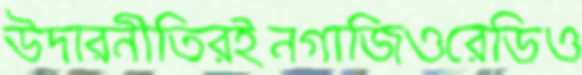
উদারনীতিরইনগাজিওরেডিও